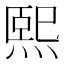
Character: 熙